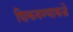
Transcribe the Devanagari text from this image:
शिकवण्याकडे